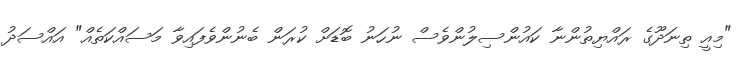
"މިއީ ތިނަދޫގެ ރައްޔިތުންނާ ކައުންސިލުންވެސް ނުހަނު ބޮޑަށް ކުރަން ބެނުންވެފައިވާ މަސައްކަތެެއް" އައްސަދު